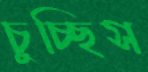
চুচ্ছিস